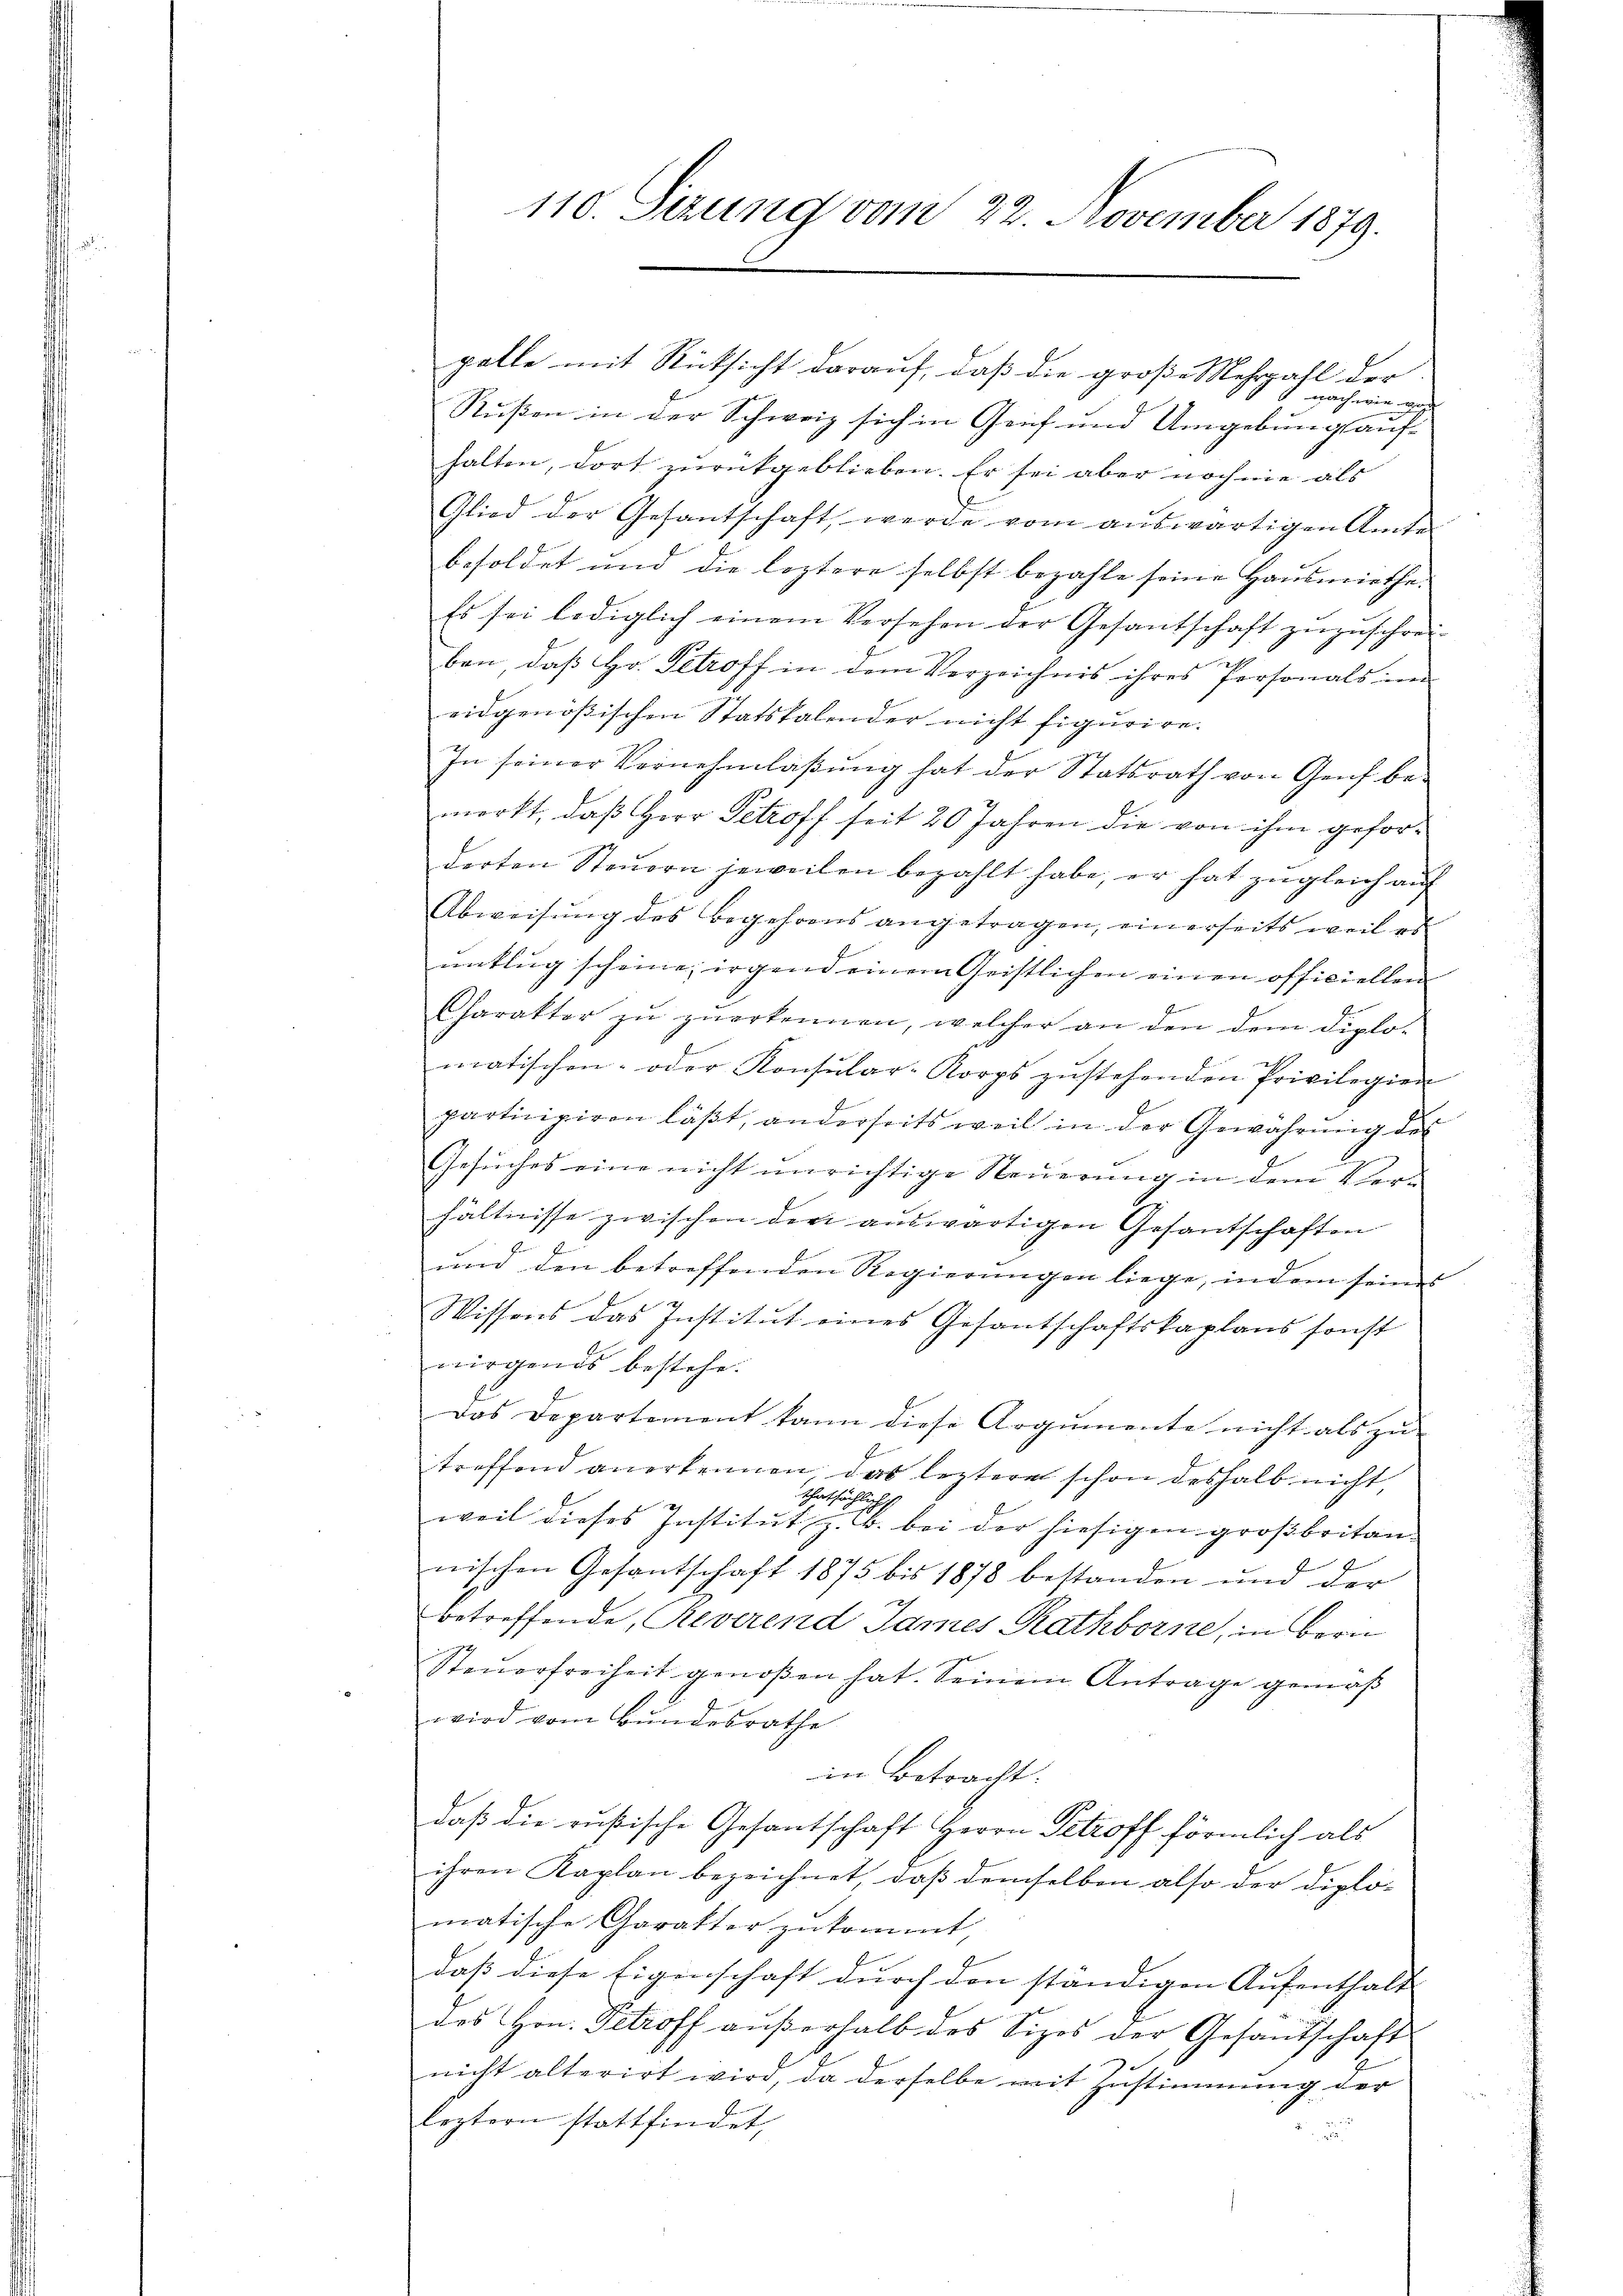
110. Sezung vom 22. November 1879.

pelle mit Rücksicht darauf, daß die große Mehrzahl der
 nach wie vor
Rußen in der Schweiz sich in Genf und Umgebungsauf-
halten, dort zurückgeblieben. Er sei aber noch nie als
Glied der Gesantschaft werde vom auswärtigen Amte
besoldet und die leztere selbst bezahle seine Hausmiethe.
Es sei lediglich einem Versehen der Gesantschaft zŭzŭschrei-
u
ben, daß Hr. Petroff in dem Verzeichnis ihres Personals im
eidgenößischen Statskalender nicht figurire.
In seiner Vernehmlaßung hat der Statsrath von Genf bemerkt, daβ Herr Getroff seit 20 Jahren die von ihm geforderten Steuern jeweilen bezahlt habe, er hat zugleich auf
Abweisung des Begehrens angetragen, einerseits weil es
untlug scheine, irgend einem Geistlichen einen officiellen
Charakter zŭ zŭerkennen, welcher an den dem diplo-
matischen- oder Konsular-Korps zŭstehenden Privilegien
partiniziren läßt, anderseits weil in der Gewährung des
Gesuches eine nicht unrichtige Steuerung in dem Ver-
hältnisse zwischen der auswärtigen Gesantschaften
2
und den betreffenden Regierŭngen liege, in dem seines
Wissens das Institut eines Gesantschaftskaplans sonst
wirgends bestehe.
Das Departement kann diese Argumente nicht als zu
treffend anerkennen das leztere schon deshalb nicht,
thatsächlich
weil dieses Institut z. B. bei der hiesigen großbritannischen Gesantschaft 1875 bis 1878 bestanden und der
betreffende Reverend James Rathborne, in Bern
Steŭerfreiheit genoßen hat. Seinem Antrage gemäß
wird vom Bundesrathe
in Betracht:
daß die Rußische Gesantschaft Herrn Getroff förmlich als
ihren Kaplan bezeichnet, daß demselben also der Diplo-
matische Carakter zukommt
daß diese Eigenschaft durch den ständigen Aufenthalt
des Hrn. Petroff außerhalb des Sizes der Gesandschaft
nicht alterirt wird, da derselbe mit Zustimmung der
leztern stattfindet,
d